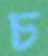
চ